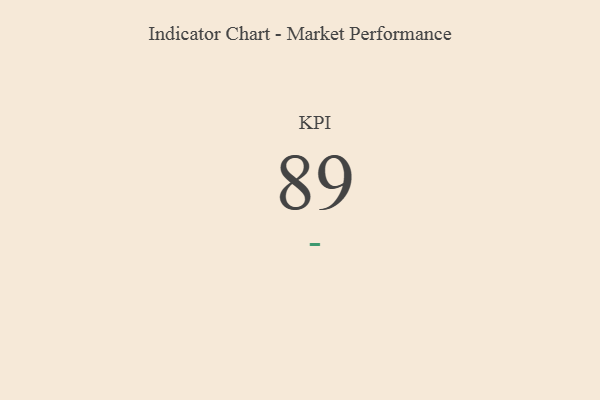
{"axis": {"x": "KPI", "y": "Value"}, "legend": [""], "data": [{"x": "KPI", "y": 89, "type": ""}]}